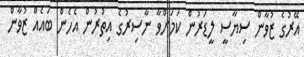
އޭރުގެ ޒުވާން ސިޔާސީ ލީޑަރުން ކަމަށްވާ ނާސިރުގެ އިތުރުން އެހެން ބައެއް ޒުވާން